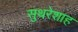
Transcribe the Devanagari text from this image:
सुथरेशाह